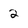
Character: 2